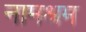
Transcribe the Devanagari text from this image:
नामश्रम